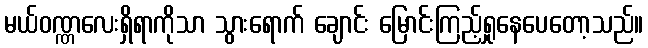
မယ်ဝဏ္ဏလေးရှိရာကိုသာ သွားရောက် ချောင်း မြောင်းကြည့်ရှုနေပေတော့သည်။